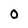
Character: 0